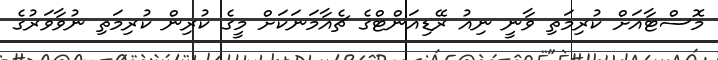
މޮސްޓާއަށް ކުރިމަތި ވާނީ ނިއު ރޭޑިއަންޓްގެ ޗެއާމަނަކަށް މީގެ ކުރިން ކުރިމަތި ނުވާވަރުގެ